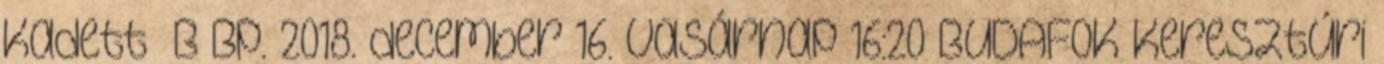
Kadett B Bp. 2018. december 16. vasárnap 16:20 BUDAFOK Keresztúri